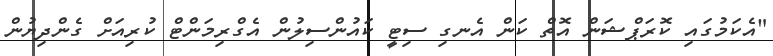
"އެކަމުގައި ކޮރަޕްޝަން އޮތް ކަން އެނގި ސިޓީ ކައުންސިލުން އެގްރިމަންޓް ކުރިއަށް ގެންދިޔުން